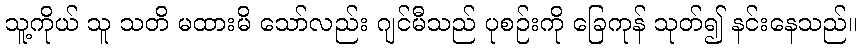
သူ့ကိုယ် သူ သတိ မထားမိ သော်လည်း ဂျင်မီသည် ပုစဉ်းကို ခြေကုန် သုတ်၍ နင်းနေသည်။